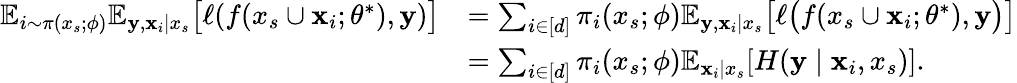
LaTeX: \begin{array}{rl}{\mathbb{E}_{i\sim\pi(x_{s};\phi)}\mathbb{E}_{{\mathbf{y}},{\mathbf{x}}_{i}\mid x_{s}}\big[\ell(f(x_{s}\cup{\mathbf{x}}_{i};\theta^{*}),{\mathbf{y}})\big]}&{=\sum_{i\in[d]}\pi_{i}(x_{s};\phi)\mathbb{E}_{{\mathbf{y}},{\mathbf{x}}_{i}\mid x_{s}}\big[\ell\big(f(x_{s}\cup{\mathbf{x}}_{i};\theta^{*}),{\mathbf{y}}\big)\big]}\\ &{=\sum_{i\in[d]}\pi_{i}(x_{s};\phi)\mathbb{E}_{{\mathbf{x}}_{i}\mid x_{s}}[H({\mathbf{y}}\mid{\mathbf{x}}_{i},x_{s})].}\end{array}